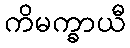
ကိမက္ခာယီ